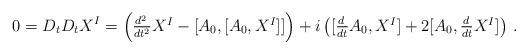
LaTeX: \begin{align*}0=D_{t}D_{t}X^{I}=\left(\textstyle{\frac{d^{2}\,}{dt^{2}}}X^{I}-[A_{0},[A_{0},X^{I}]]\right)+i\left([\textstyle{\frac{d\,}{dt}}A_{0},X^{I}]+2[A_{0},\textstyle{\frac{d\,}{dt}}X^{I}]\right)\,.\end{align*}